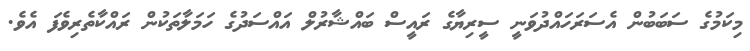
މިކަމުގެ ސަބަބުން އެސަރަހައްދުވަނީ ސީރިޔާގެ ރައީސް ބައްޝާރުލް އައްސަދުގެ ހަމަލާތަކުން ރައްކާތެރިވެފަ އެވެ.